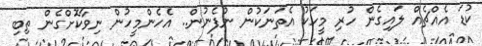
ކުޑަ އެއްޗެއް ލައިގެން ހުރި މީހަކު އެތަނަކުން ނުފެނުން.. އެހެންމީހުން ނިވާކޮށްގެން ތިބި